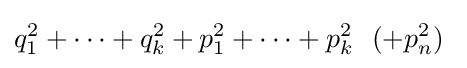
q_{1}^{2}+\dots +q_{k}^{2}+p_{1}^{2}+\dots +p_{k}^{2}~~(+p_{n}^{2})~